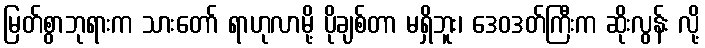
မြတ်စွာဘုရားက သားတော် ရာဟုလာမို့ ပိုချစ်တာ မရှိဘူး၊ ဒေဝဒတ်ကြီးက ဆိုးလွန်း လို့